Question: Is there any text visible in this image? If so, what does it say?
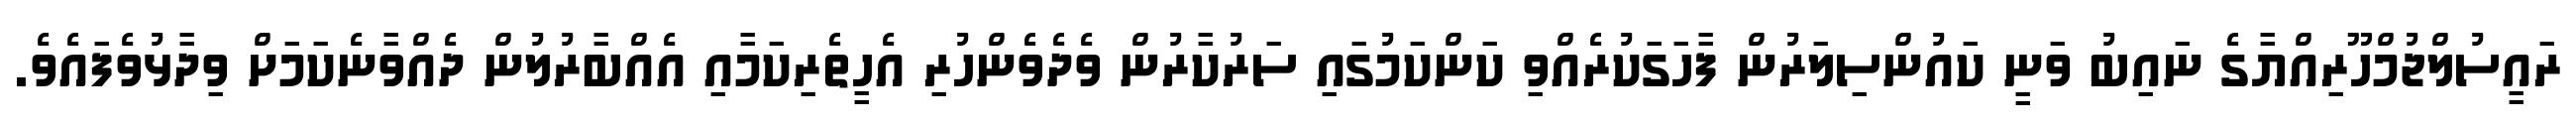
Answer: ރައީސުލްޖުމްހޫރިއްޔާގެ ނައިބު ވަނީ ކައުންސިލަރުން ފާހަގަކުރެއްވި ކަންކަމުގައި ސަރުކާރުން ވެދެވެންހުރި އެހީތެރިކަމާއި އެއްބާރުލުން ދެއްވާނެކަމަށް ވިދާޅުވެފައެވެ.